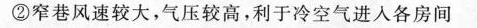
②窄巷风速较大，气压较高，利于冷空气进入各房间